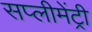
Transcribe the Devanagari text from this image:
सप्लीमेंट्री